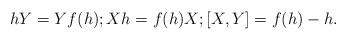
LaTeX: \begin{align*}hY = Yf(h);Xh = f(h)X;[X, Y] = f(h)-h.\end{align*}